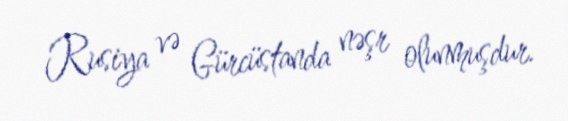
Rusiya və Gürcüstanda nəşr olunmuşdur.